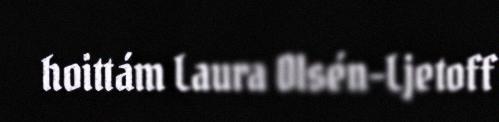
hoittám Laura Olsén-Ljetoff